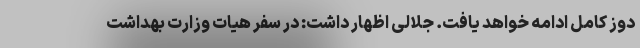
دوز کامل ادامه خواهد یافت. جلالی اظهار داشت: در سفر هیات وزارت بهداشت